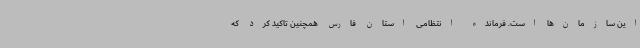
این سازمان‌ها است. فرمانده انتظامی استان فارس همچنین تاکید کرد که